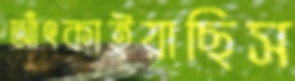
আঁৎকাইয়াছিস